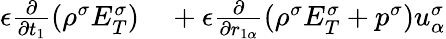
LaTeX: \begin{array}{r}{\begin{array}{rl}{\epsilon\frac{\partial}{\partial t_{1}}(\rho^{\sigma}E_{T}^{\sigma})}&{{}+\epsilon\frac{\partial}{\partial r_{1\alpha}}(\rho^{\sigma}E_{T}^{\sigma}+p^{\sigma})u_{\alpha}^{\sigma}}\end{array}}\end{array}